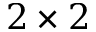
2 \times 2